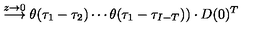
\stackrel { z \to 0 } { \longrightarrow } \theta ( \tau _ { 1 } - \tau _ { 2 } ) \cdots \theta ( \tau _ { 1 } - \tau _ { I - T } ) ) \cdot D ( 0 ) ^ { T }